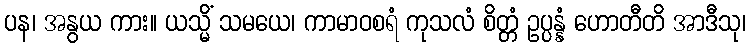
ပန၊ အနွယ ကား။ ယသ္မိံ သမယေ၊ ကာမာဝစရံ ကုသလံ စိတ္တံ ဥပ္ပန္နံ ဟောတီတိ အာဒီသု၊